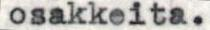
osakkeita.